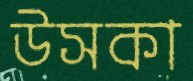
উসকা